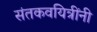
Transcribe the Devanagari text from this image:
संतकवयित्रींनी